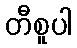
တီစူပါ